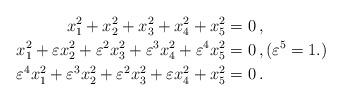
LaTeX: \begin{align*} x_1^2 + x_2^2 + x_3^2 + x_4^2 + x_5^2 &= 0 \, , \\ x_1^2 + \varepsilon x_2^2 + \varepsilon^2 x_3^2 + \varepsilon^3 x_4^2 + \varepsilon^4 x_5^2 &= 0 \, , (\varepsilon^5=1.) \\ \varepsilon^4 x_1^2 + \varepsilon^3 x_2^2 + \varepsilon^2 x_3^2 + \varepsilon x_4^2 + x_5^2 &=0 \, . \end{align*}